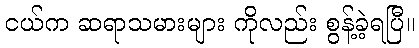
ငယ်က ဆရာသမားများ ကိုလည်း စွန့်ခဲ့ရပြီ။